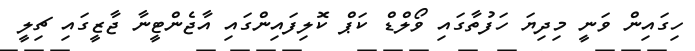
ހިގައިން ވަނީ މިދިޔަ ހަފުތާގައި ވޯލްޑް ކަޕް ކޮލިފައިންގައި އާޖެންޓީނާ ޖާޒީގައި ޗިލީ